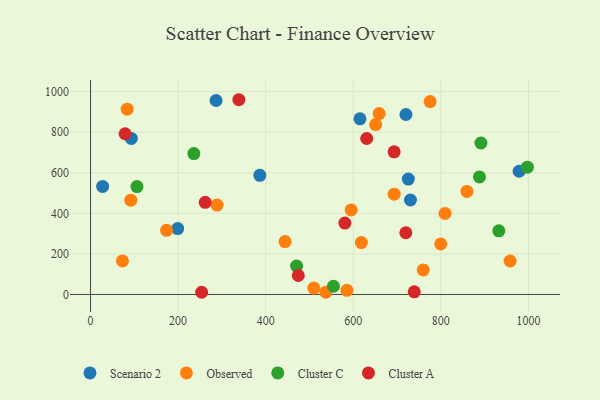
{"axis": {"x": "Study Hours", "y": "Yield"}, "legend": ["Cluster A", "Cluster C", "Observed", "Scenario 2"], "data": [{"x": "615.3", "y": 865.9, "type": "Scenario 2"}, {"x": "725.7", "y": 569.1, "type": "Scenario 2"}, {"x": "730.6", "y": 465.9, "type": "Scenario 2"}, {"x": "978.7", "y": 607.5, "type": "Scenario 2"}, {"x": "720.3", "y": 887.4, "type": "Scenario 2"}, {"x": "199.0", "y": 324.7, "type": "Scenario 2"}, {"x": "93.1", "y": 769.7, "type": "Scenario 2"}, {"x": "286.7", "y": 956.4, "type": "Scenario 2"}, {"x": "27.6", "y": 532.7, "type": "Scenario 2"}, {"x": "386.6", "y": 587.4, "type": "Scenario 2"}, {"x": "759.8", "y": 121.1, "type": "Observed"}, {"x": "958.1", "y": 164.9, "type": "Observed"}, {"x": "799.7", "y": 249.1, "type": "Observed"}, {"x": "289.0", "y": 440.8, "type": "Observed"}, {"x": "809.6", "y": 399.5, "type": "Observed"}, {"x": "173.6", "y": 316.1, "type": "Observed"}, {"x": "537.3", "y": 11.5, "type": "Observed"}, {"x": "72.8", "y": 165.3, "type": "Observed"}, {"x": "859.5", "y": 508.3, "type": "Observed"}, {"x": "92.0", "y": 465.2, "type": "Observed"}, {"x": "775.5", "y": 951.0, "type": "Observed"}, {"x": "585.5", "y": 20.2, "type": "Observed"}, {"x": "693.4", "y": 494.5, "type": "Observed"}, {"x": "651.1", "y": 838.0, "type": "Observed"}, {"x": "659.1", "y": 892.1, "type": "Observed"}, {"x": "509.9", "y": 31.6, "type": "Observed"}, {"x": "595.1", "y": 416.8, "type": "Observed"}, {"x": "618.4", "y": 255.8, "type": "Observed"}, {"x": "83.6", "y": 913.8, "type": "Observed"}, {"x": "444.3", "y": 260.9, "type": "Observed"}, {"x": "891.5", "y": 746.9, "type": "Cluster C"}, {"x": "554.7", "y": 40.4, "type": "Cluster C"}, {"x": "236.0", "y": 694.8, "type": "Cluster C"}, {"x": "997.6", "y": 627.6, "type": "Cluster C"}, {"x": "470.6", "y": 139.8, "type": "Cluster C"}, {"x": "106.0", "y": 531.9, "type": "Cluster C"}, {"x": "888.2", "y": 579.4, "type": "Cluster C"}, {"x": "932.4", "y": 313.8, "type": "Cluster C"}, {"x": "78.9", "y": 792.4, "type": "Cluster A"}, {"x": "474.4", "y": 93.6, "type": "Cluster A"}, {"x": "261.9", "y": 454.4, "type": "Cluster A"}, {"x": "580.8", "y": 352.2, "type": "Cluster A"}, {"x": "630.7", "y": 769.0, "type": "Cluster A"}, {"x": "739.3", "y": 12.8, "type": "Cluster A"}, {"x": "720.0", "y": 304.3, "type": "Cluster A"}, {"x": "338.7", "y": 960.3, "type": "Cluster A"}, {"x": "693.3", "y": 703.2, "type": "Cluster A"}, {"x": "253.7", "y": 10.8, "type": "Cluster A"}]}